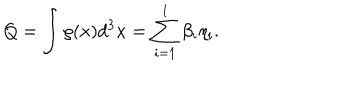
LaTeX: Q = \int \rho ( x ) d ^ { 3 } x = \sum _ { i = 1 } ^ { l } \beta _ { i } \eta _ { i } .